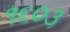
૧૬૦૩